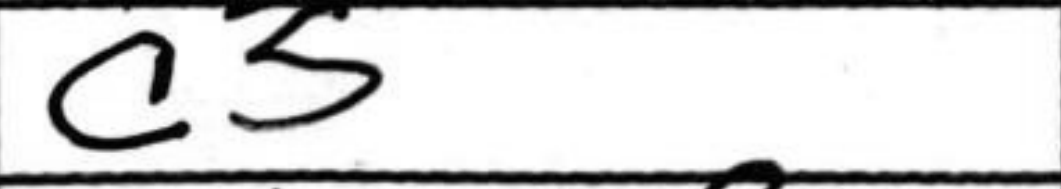
Transcription: c5